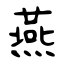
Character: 燕